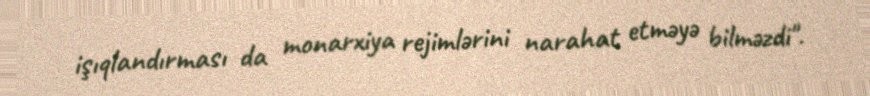
işıqlandırması da monarxiya rejimlərini narahat etməyə bilməzdi".